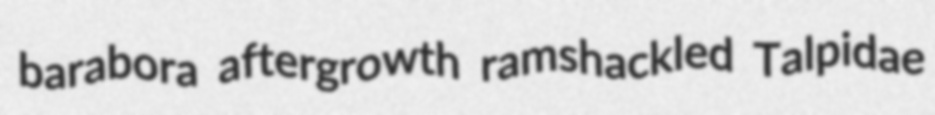
barabora aftergrowth ramshackled Talpidae